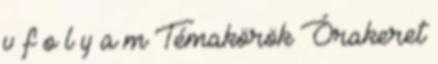
v f o l y a m Témakörök Órakeret